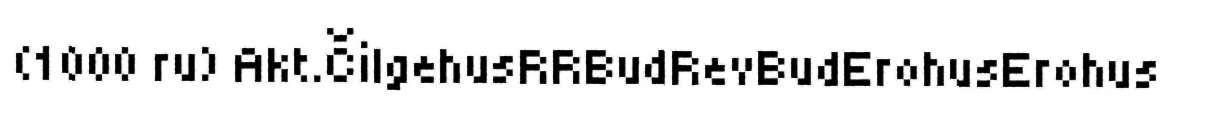
(1000 ru) Akt.ČilgehusRRBudRevBudErohusErohus